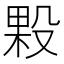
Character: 𭮲